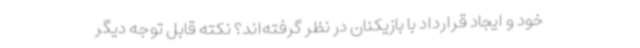
خود و ایجاد قرارداد با بازیکنان در نظر گرفته‌اند؟ نکته قابل توجه دیگر